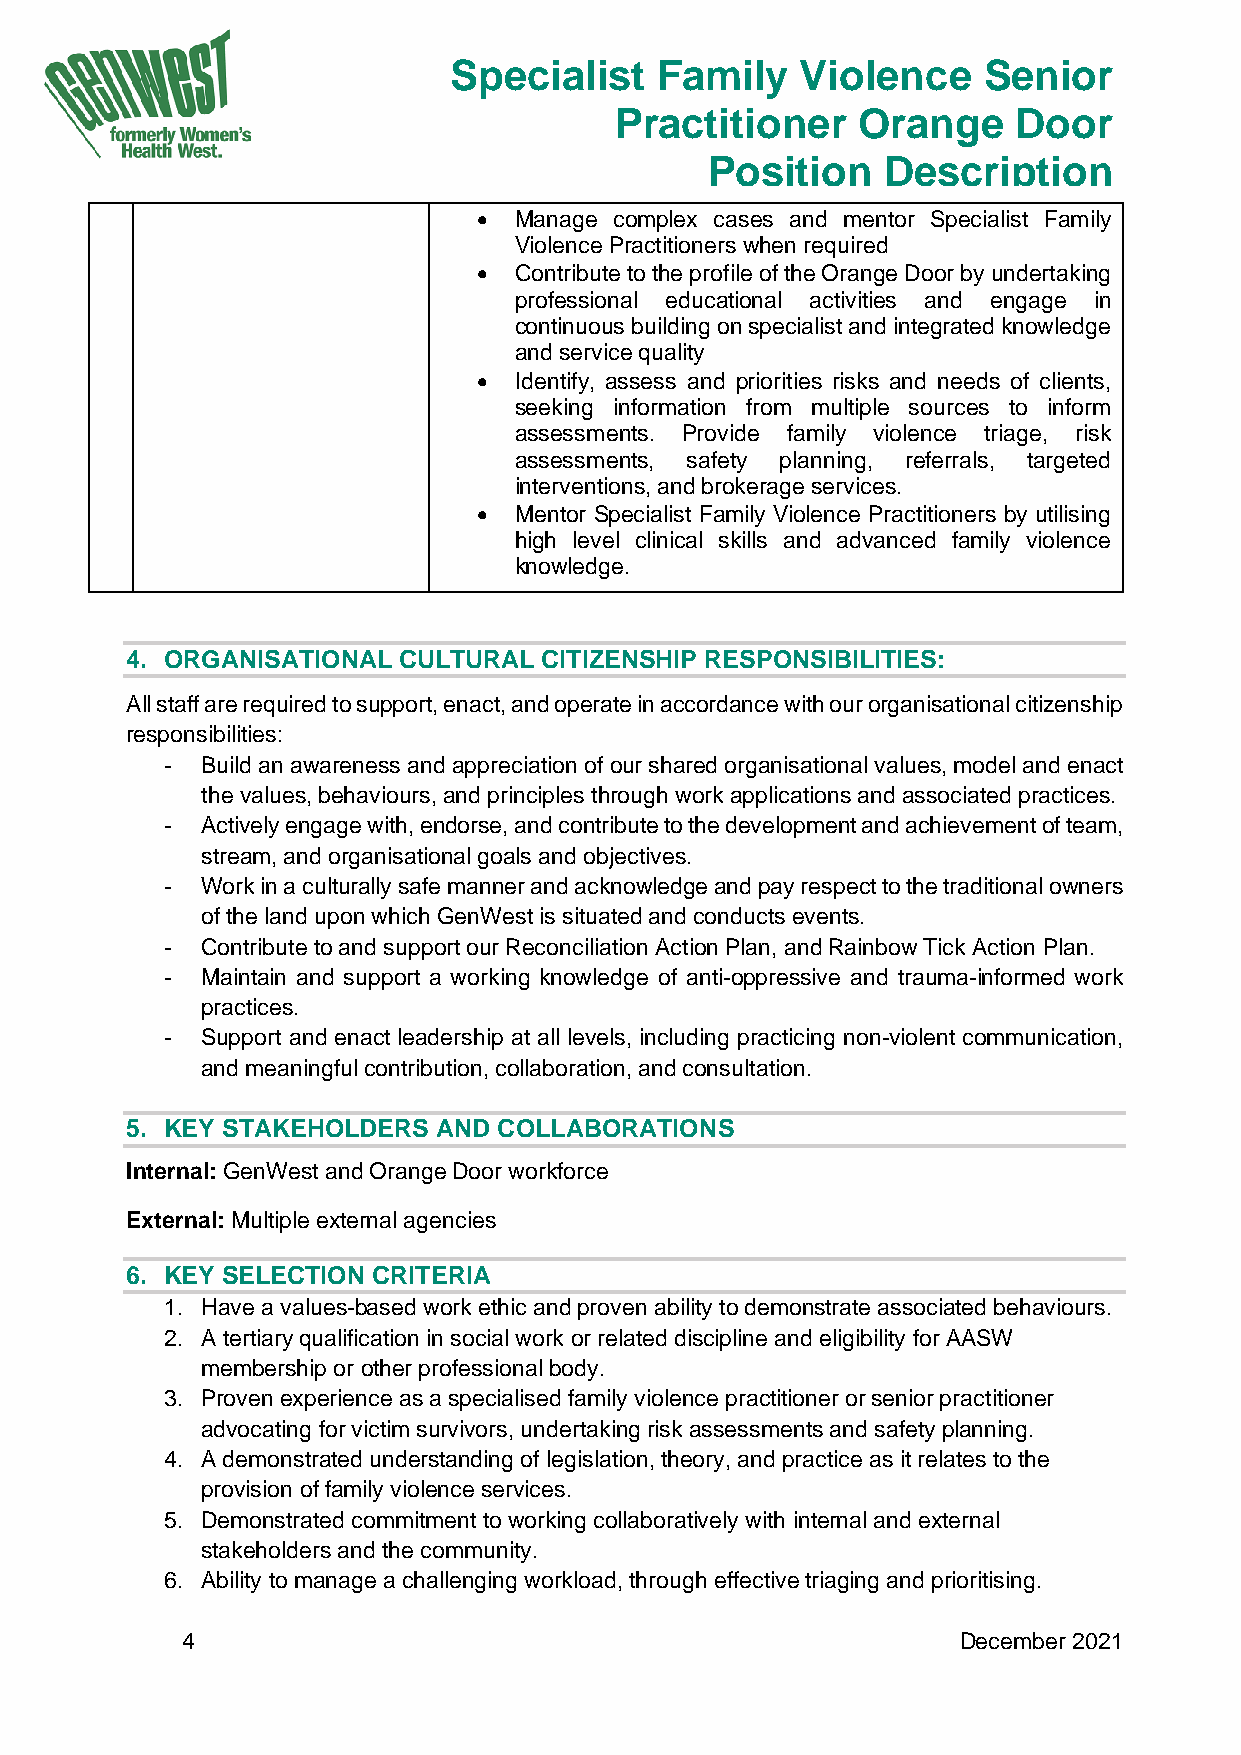
Specialist   Family    Violence    Senior
 Practitioner    Orange    Door
 Position   Description
 • Manage complex cases and mentor Specialist Family
 Violence Practitioners when required
 • Contribute to the profile of the Orange Door by undertaking
 professional educational activities and engage in
 continuous building on specialist and integrated knowledge
 and service quality
 • Identify, assess and priorities risks and needs of clients,
 seeking information from multiple sources to inform
 assessments. Provide family violence triage, risk
 assessments, safety planning, referrals, targeted
 interventions, and brokerage services.
 • Mentor Specialist Family Violence Practitioners by utilising
 high level clinical skills and advanced family violence
 knowledge.
 4. ORGANISATIONAL CULTURAL  CITIZENSHIP RESPONSIBILITIES:
 All staff are required to support, enact, and operate in accordance with our organisational citizenship
 responsibilities:
 - Build an awareness and appreciation of our shared organisational values, model and enact
 the values, behaviours, and principles through work applications and associated practices.
 - Actively engage with, endorse, and contribute to the development and achievement of team,
 stream, and organisational goals and objectives.
 - Work in a culturally safe manner and acknowledge and pay respect to the traditional owners
 of the land upon which GenWest is situated and conducts events.
 - Contribute to and support our Reconciliation Action Plan, and Rainbow Tick Action Plan.
 - Maintain and support a working knowledge of anti-oppressive and trauma-informed work
 practices.
 - Support and enact leadership at all levels, including practicing non-violent communication,
 and meaningful contribution, collaboration, and consultation.
 5. KEY STAKEHOLDERS  AND COLLABORATIONS
 Internal: GenWest and Orange Door workforce
 External: Multiple external agencies
 6. KEY SELECTION CRITERIA
 1. Have a values-based work ethic and proven ability to demonstrate associated behaviours.
 2. A tertiary qualification in social work or related discipline and eligibility for AASW
 membership or other professional body.
 3. Proven experience as a specialised family violence practitioner or senior practitioner
 advocating for victim survivors, undertaking risk assessments and safety planning.
 4. A demonstrated understanding of legislation, theory, and practice as it relates to the
 provision of family violence services.
 5. Demonstrated commitment to working collaboratively with internal and external
 stakeholders and the community.
 6. Ability to manage a challenging workload, through effective triaging and prioritising.
 4                                                   December 2021